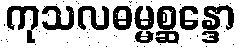
ကုသလဓမ္မစ္ဆန္ဒော